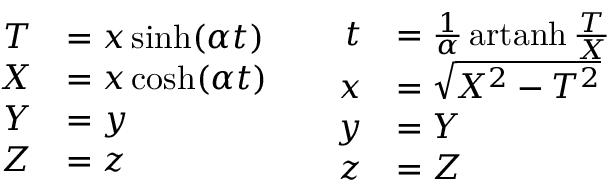
{ \begin{array} { c c } { { \begin{array} { r l } { T } & { = x \sinh ( \alpha t ) } \\ { X } & { = x \cosh ( \alpha t ) } \\ { Y } & { = y } \\ { Z } & { = z } \end{array} } } & { { \begin{array} { r l } { t } & { = { \frac { 1 } { \alpha } } \operatorname { a r t a n h } { \frac { T } { X } } } \\ { x } & { = { \sqrt { X ^ { 2 } - T ^ { 2 } } } } \\ { y } & { = Y } \\ { z } & { = Z } \end{array} } } \end{array} }